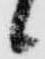
候